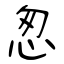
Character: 怱